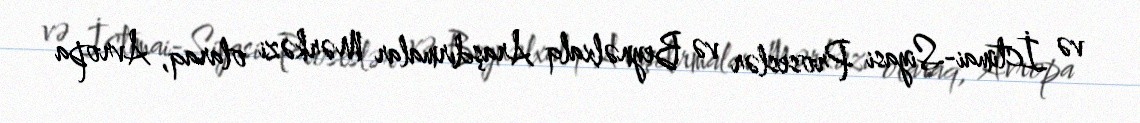
və İctimai-Siyasi Proseslər və Beynəlxalq Araşdırmalar Mərkəzi olaraq, Avropa